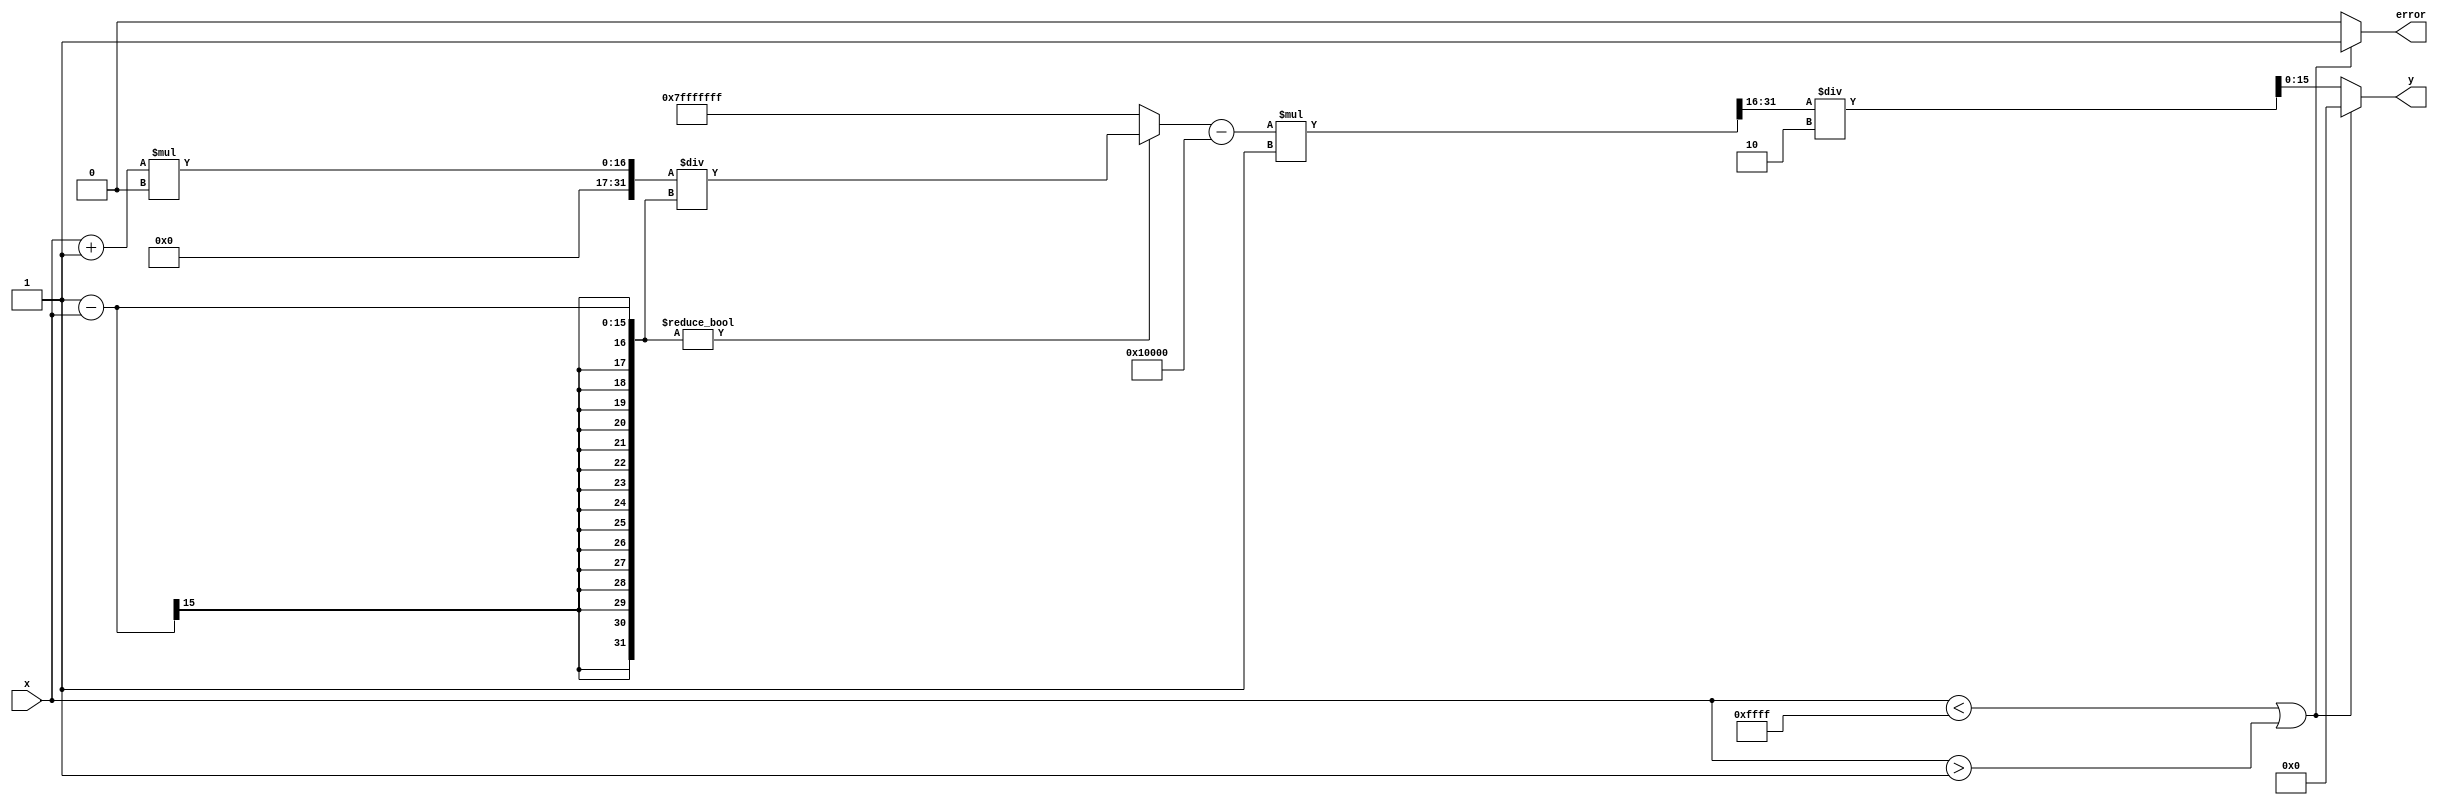
module atanh (
    input signed [15:0] x,   // Input x in fixed-point representation
    output reg signed [15:0] y, // Output y in fixed-point representation
    output reg error         // Error signal for out-of-range inputs
);

    // Internal signals
    wire signed [15:0] one_plus_x;
    wire signed [15:0] one_minus_x;
    wire signed [31:0] numerator;
    wire signed [31:0] denominator;
    wire signed [31:0] z;     // z = (1 + x) / (1 - x)
    wire signed [31:0] ln_z;   // ln(z)

    // Step 1: Range Checking
    always @(*) begin
        if (x < -16'h0001 || x > 16'h0001) begin
            error = 1;
            y = 16'h0000; // Output can be set to 0 or any other defined value
        end else begin
            error = 0;
            // Step 2: Compute 1 + x and 1 - x
            one_plus_x = x + 16'h0001; // 1 + x
            one_minus_x = 16'h0001 - x; // 1 - x
            
            // Step 3: Compute z = (1 + x) / (1 - x)
            // Multiply first to avoid division by zero
            numerator = one_plus_x * 16'h0001_0000; // Scale up to handle fixed-point
            denominator = one_minus_x;
            
            // Perform division (simple shift for fixed-point)
            if (denominator != 0) begin
                z = numerator / denominator; // z = (1 + x) / (1 - x)
            end else begin
                z = 32'h7FFFFFFF; // Saturate to max positive value on division by zero
            end
            
            // Step 4: Approximate ln(z) using a simple method (for example, Taylor series)
            // This is a simplified placeholder for the logarithm calculation
            ln_z = (z - 32'h00010000) * 16'h0001; // ln(z) = (z - 1) for small values
            
            // Step 5: Final calculation y = (1/2) * ln(z)
            y = ln_z[31:16] / 2; // Scale down the result
        end
    end
endmodule